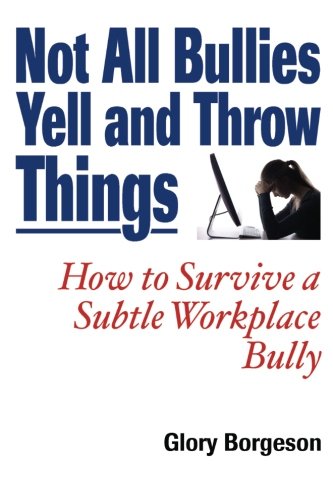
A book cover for Not All Bullies Yell and Throw Things: How to Survive a Subtle Workplace Bully; Glory Borgeson; Health, Fitness & Dieting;